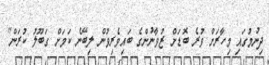
ދިނުމުގައި މިހާރަށް ވުރެ ބޮޑަށް ޒުވާނުންގެ ބައިވެރިވުން ލިބޭނެ ކަމަށް ގަބޫލު ކުރަން"